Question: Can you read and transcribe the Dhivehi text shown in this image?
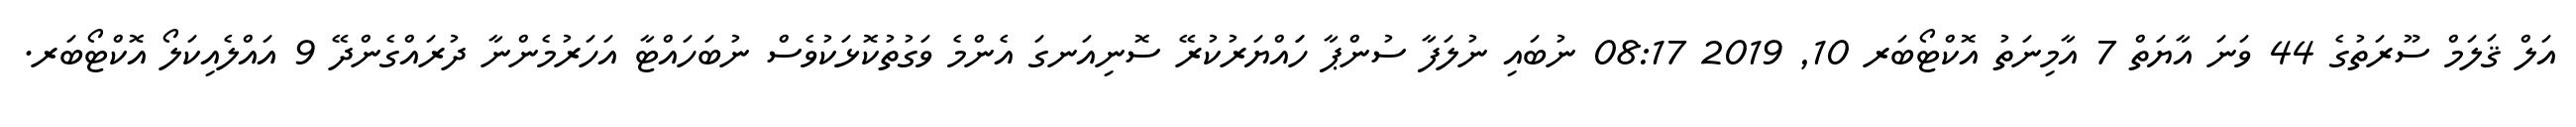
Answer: އަލް ޤަލަމް ސޫރަތުގެ 44 ވަނަ އާޔަތް 7 އާމިނަތު އޮކްޓޯބަރ 10, 2019 08:17 ނުބައި ނުލަފާ ސުންޕާ ހަައްޔަރުކުރޭ ސޮނިއަނގަ އެންމެ ވަގުތުކޮޅަކުވެސް ނުބަހައްޓާ އަހަރުމެންނާ ދުރައްގެންދޭ 9 އައްލެއިކަލޯ އޮކްޓޯބަރ.